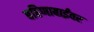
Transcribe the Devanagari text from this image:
बहिणाबाईंवर